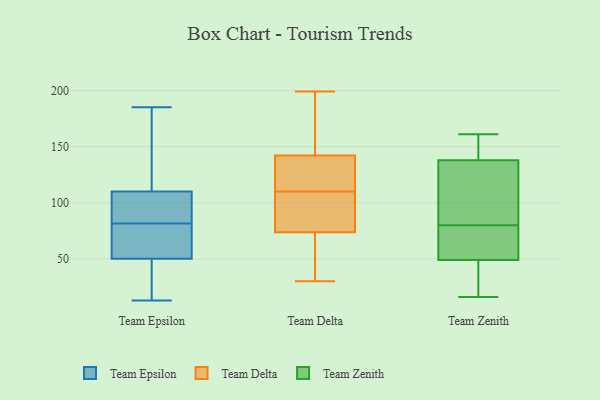
{"axis": {"x": "Page Views", "y": "Value"}, "legend": ["Team Delta", "Team Epsilon", "Team Zenith"], "data": [{"x": "", "y": 84, "type": "Team Epsilon"}, {"x": "", "y": 45, "type": "Team Epsilon"}, {"x": "", "y": 50, "type": "Team Epsilon"}, {"x": "", "y": 104, "type": "Team Epsilon"}, {"x": "", "y": 19, "type": "Team Epsilon"}, {"x": "", "y": 13, "type": "Team Epsilon"}, {"x": "", "y": 79, "type": "Team Epsilon"}, {"x": "", "y": 62, "type": "Team Epsilon"}, {"x": "", "y": 144, "type": "Team Epsilon"}, {"x": "", "y": 131, "type": "Team Epsilon"}, {"x": "", "y": 99, "type": "Team Epsilon"}, {"x": "", "y": 66, "type": "Team Epsilon"}, {"x": "", "y": 185, "type": "Team Epsilon"}, {"x": "", "y": 110, "type": "Team Epsilon"}, {"x": "", "y": 72, "type": "Team Delta"}, {"x": "", "y": 95, "type": "Team Delta"}, {"x": "", "y": 110, "type": "Team Delta"}, {"x": "", "y": 177, "type": "Team Delta"}, {"x": "", "y": 40, "type": "Team Delta"}, {"x": "", "y": 118, "type": "Team Delta"}, {"x": "", "y": 79, "type": "Team Delta"}, {"x": "", "y": 105, "type": "Team Delta"}, {"x": "", "y": 192, "type": "Team Delta"}, {"x": "", "y": 139, "type": "Team Delta"}, {"x": "", "y": 133, "type": "Team Delta"}, {"x": "", "y": 129, "type": "Team Delta"}, {"x": "", "y": 30, "type": "Team Delta"}, {"x": "", "y": 143, "type": "Team Delta"}, {"x": "", "y": 72, "type": "Team Delta"}, {"x": "", "y": 41, "type": "Team Delta"}, {"x": "", "y": 199, "type": "Team Delta"}, {"x": "", "y": 106, "type": "Team Delta"}, {"x": "", "y": 172, "type": "Team Delta"}, {"x": "", "y": 23, "type": "Team Zenith"}, {"x": "", "y": 58, "type": "Team Zenith"}, {"x": "", "y": 142, "type": "Team Zenith"}, {"x": "", "y": 80, "type": "Team Zenith"}, {"x": "", "y": 125, "type": "Team Zenith"}, {"x": "", "y": 98, "type": "Team Zenith"}, {"x": "", "y": 47, "type": "Team Zenith"}, {"x": "", "y": 159, "type": "Team Zenith"}, {"x": "", "y": 121, "type": "Team Zenith"}, {"x": "", "y": 154, "type": "Team Zenith"}, {"x": "", "y": 55, "type": "Team Zenith"}, {"x": "", "y": 16, "type": "Team Zenith"}, {"x": "", "y": 62, "type": "Team Zenith"}, {"x": "", "y": 22, "type": "Team Zenith"}, {"x": "", "y": 161, "type": "Team Zenith"}]}